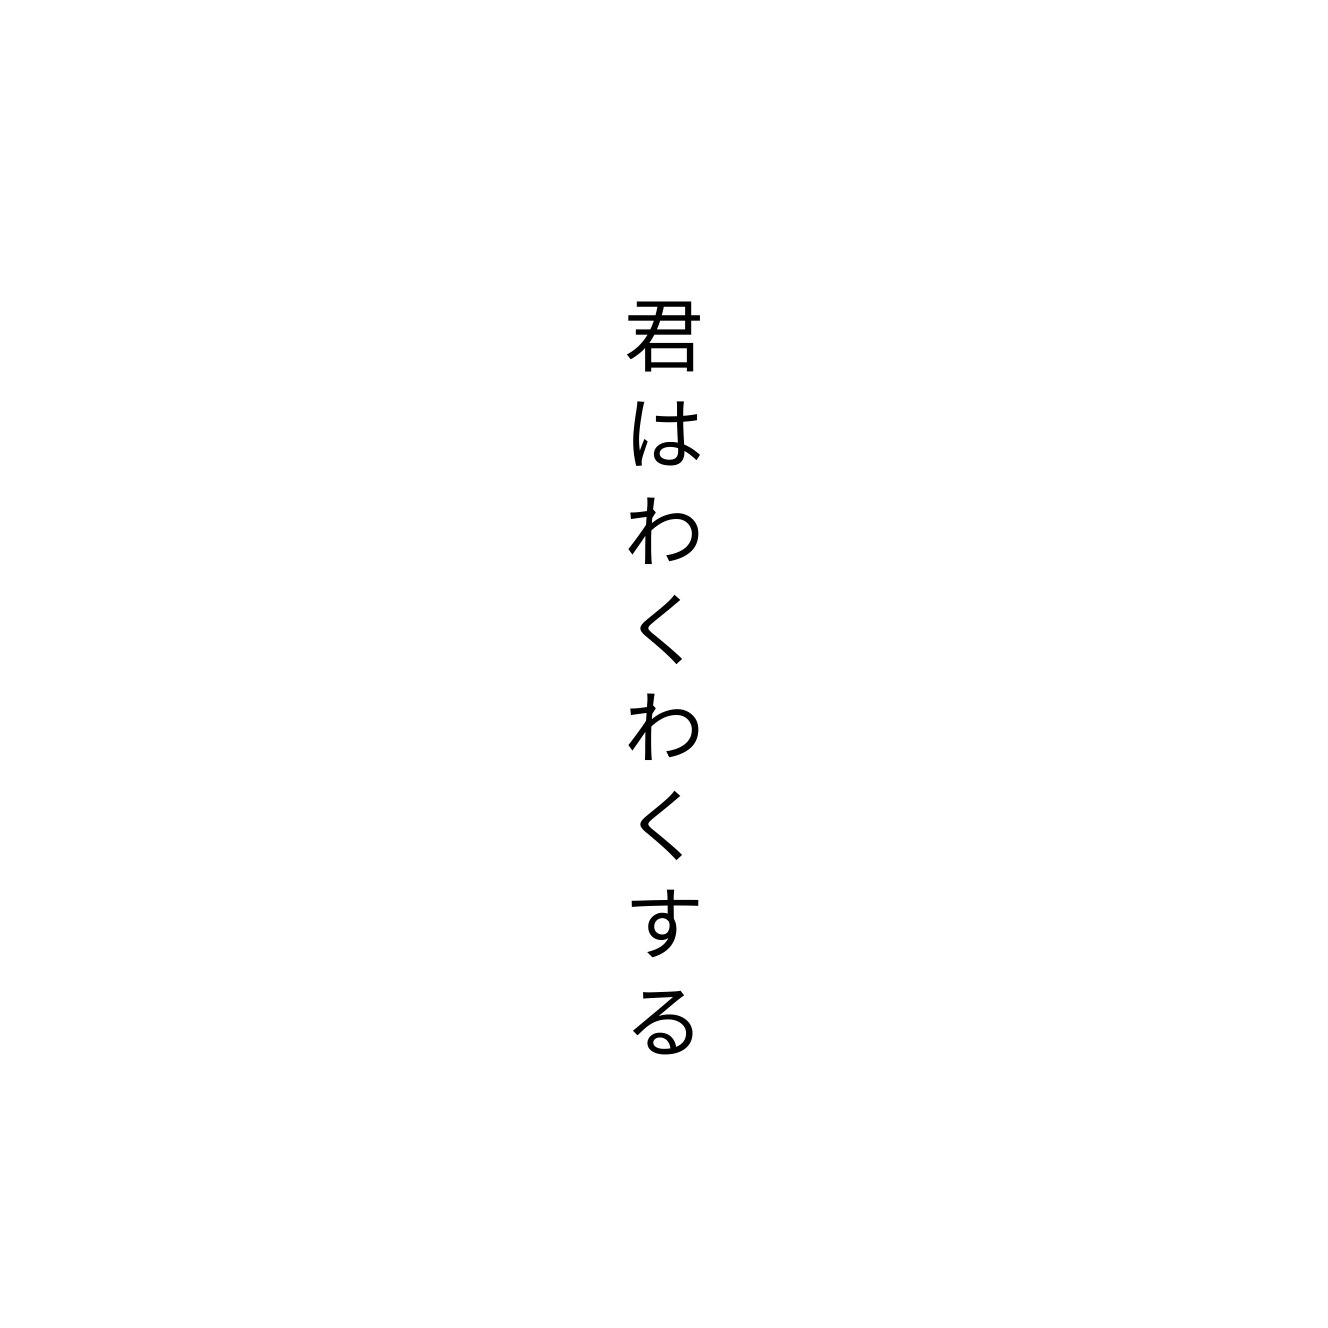
君はわくわくする